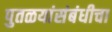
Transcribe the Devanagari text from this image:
पुतळयांसंबंधीचा